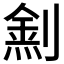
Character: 𠟛